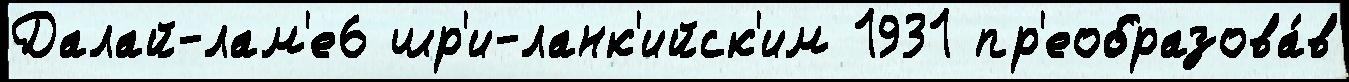
Далай-лам'е6 шр'и-ланк'ийск'им 1931 пр'еобразова́в